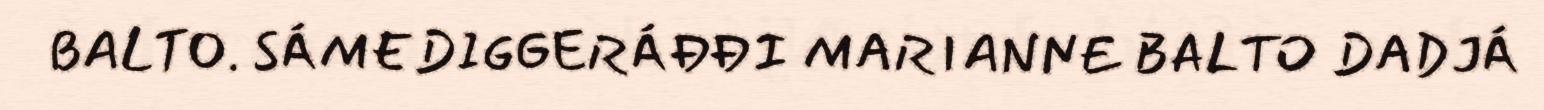
BALTO. SÁMEDIGGERÁĐĐI MARIANNE BALTO DADJÁ